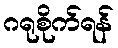
ဂရုစိုက်ရန်